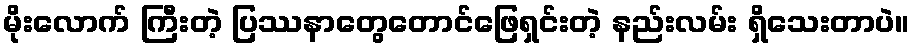
မိုးလောက် ကြီးတဲ့ ပြဿနာတွေတောင်ဖြေရှင်းတဲ့ နည်းလမ်း ရှိသေးတာပဲ။